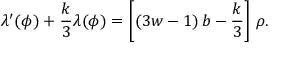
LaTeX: \lambda ^ { \prime } ( \phi ) + { \frac { k } { 3 } } \lambda ( \phi ) = \left[ ( 3 w - 1 ) \, b - { \frac { k } { 3 } } \right] \, \rho .